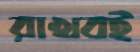
রাখবই